Report on the working of the Ranchi Indian Mental Hospital, Kanke, in Bihar and Orissa - 1930-1940
Year: 1930
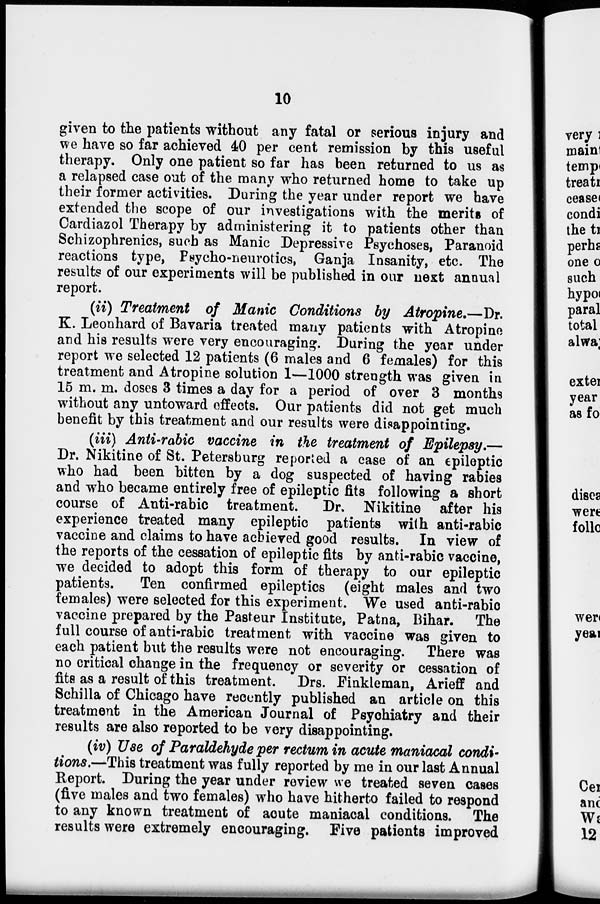
10
given to the patients without any fatal or serious injury and
we have so far achieved 40 per cent remission by this useful
therapy. Only one patient so far has been returned to us as
a relapsed case out of the many who returned home to take up
their former activities. During the year under report we have
extended the scope of our investigations with the merits of
Cardiazol Therapy by administering it to patients other than
Schizophrenics, such as Manic Depressive Psychoses, Paranoid
reactions type, Psycho-neurotics, Ganja Insanity, etc. The
results of our experiments will be published in our next annual
report.
(ii) Treatment of Manic Conditions by Atropine.—Dr.
K. Leonhard of Bavaria treated many patients with Atropine
and his results were very encouraging. During the year under
report we selected 12 patients (6 males and 6 females) for this
treatment and Atropine solution 1—1000 strength was given in
15 m. m. doses 3 times a day for a period of over 3 months
without any untoward effects. Our patients did not get much
benefit by this treatment and our results were disappointing.
(iii) Anti-rabic vaccine in the treatment of Epilepsy.—
Dr. Nikitine of St. Petersburg reported a case of an epileptic
who had been bitten by a dog suspected of having rabies
and who became entirely free of epileptic fits following a short
course of Anti-rabic treatment. Dr. Nikitine after his
experience treated many epileptic patients with anti-rabic
vaccine and claims to have achieved good results. In view of
the reports of the cessation of epileptic fits by anti-rabic vaccine,
we decided to adopt this form of therapy to our epileptic
patients.
Ten confirmed epileptics (eight males and two
females) were selected for this experiment. We used anti-rabic
vaccine prepared by the Pasteur Institute, Patna, Bihar. The
full course of anti-rabic treatment with vaccine was given to
each patient but the results were not encouraging. There was
no critical change in the frequency or severity or cessation of
fits as a result of this treatment. Drs. Finkleman, Arieff and
Schilla of Chicago have recently published an article on this
treatment in the American Journal of Psychiatry and their
results are also reported to be very disappointing.
(iv) Use of Paraldehyde per rectum in acute maniacal condi-
tions.—This treatment was fully reported by me in our last Annual
Report. During the year under review we treated seven cases
(five males and two females) who have hitherto failed to respond
to any known treatment of acute maniacal conditions. The
results were extremely encouraging. Five patients improved